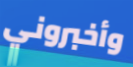
وأخبروني